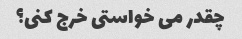
چقدر می خواستی خرج کنی؟